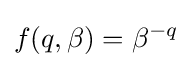
f(q,\beta )=\beta ^{-q}